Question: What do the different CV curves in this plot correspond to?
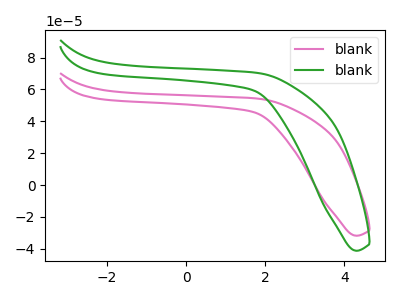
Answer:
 <answer>The pink curve is labeled "blank1". The green curve is labeled "blank2".</answer>
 <eval></eval>